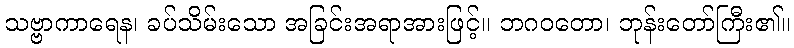
သဗ္ဗာကာရေန၊ ခပ်သိမ်းသော အခြင်းအရာအားဖြင့်။ ဘဂဝတော၊ ဘုန်းတော်ကြီး၏။